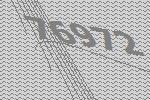
76972